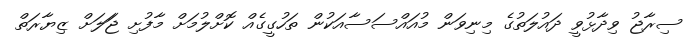
ސިރާޖު ވިދާޅުވީ ދައުލަތުގެ މިނިވަން މުއައްސަސާއަކުން ތަހުގީގެއް ކޮށްލުމަށް މާފުށި ޖަަލަށް ޒިޔާރަތް